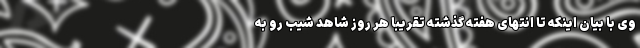
وی با بیان اینکه تا انتهای هفته گذشته تقریباً هر روز شاهد شیب رو به